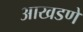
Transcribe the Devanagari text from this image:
आखडणे